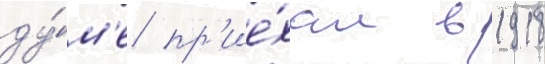
ду́м'е пр'ие́хал в 1918